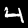
Label: 4